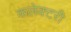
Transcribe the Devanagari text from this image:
कलेक्टरी